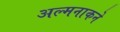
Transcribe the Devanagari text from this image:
अल्मनाकने